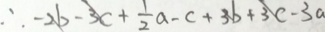
\therefore - 2 b - 3 c + \frac { 1 } { 2 } a - c + 3 b + 3 c - 3 a